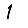
Digit: 1